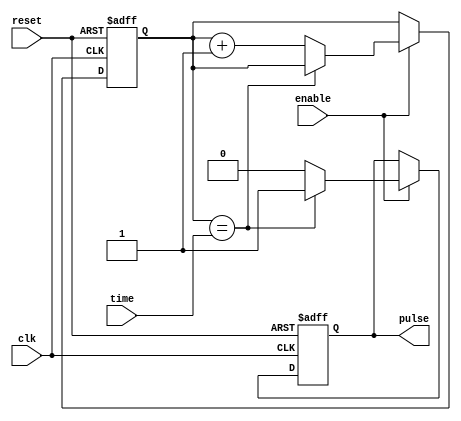
module RisingEdgePulseGenerator(
    input wire clk,
    input wire reset,
    input wire enable,
    input wire [31:0] time,
    output reg pulse
);

reg [31:0] counter;

always @(posedge clk or posedge reset) begin
    if (reset) begin
        counter <= 0;
        pulse <= 0;
    end else if (enable) begin
        if (counter == time) begin
            pulse <= 1;
        end else begin
            pulse <= 0;
            counter <= counter + 1;
        end
    end
end

endmodule